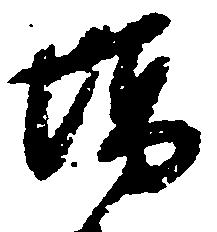
場